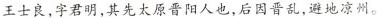
王士良，字君明，其先太原晋阳人也，后因晋乱，避地凉州。